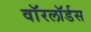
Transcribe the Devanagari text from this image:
वाॅरलाॅर्डस